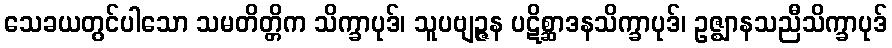
သေခယတွင်ပါသော သမတိတ္တိက သိက္ခာပုဒ်၊ သူပဗျဉ္ဇန ပဋိစ္ဆာဒနသိက္ခာပုဒ်၊ ဥဇ္ဈာနသညီသိက္ခာပုဒ်